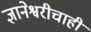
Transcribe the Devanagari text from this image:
ज्ञानेश्वरीचाही